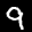
Label: 9